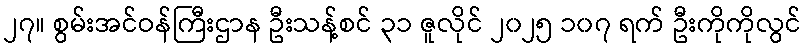
၂၇။ စွမ်းအင်ဝန်ကြီးဌာန ဦးသန့်စင် ၃၁ ဇူလိုင် ၂၀၂၅ ၁၀၇ ရက် ဦးကိုကိုလွင်